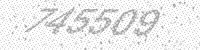
Solution: 745509